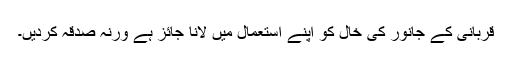
قربانی کے جانور کی خال کو اپنے استعمال میں لانا جائز ہے ورنہ صدقہ کردیں۔